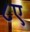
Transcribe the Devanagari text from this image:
८ए